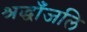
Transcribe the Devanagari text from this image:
श्रद्धाँजलि